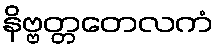
နိဗ္ဗတ္တတေလကံ